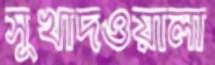
সুখাদওয়ালা